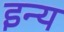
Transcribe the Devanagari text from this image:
इन्य